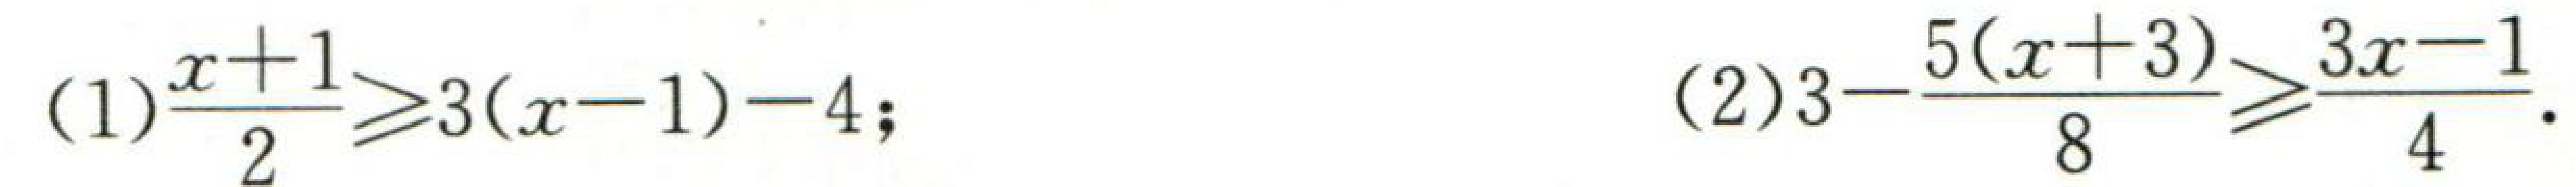
(1)\(\frac{x + 1}{2}\geqslant3(x - 1)-4\);
(2)\(3-\frac{5(x + 3)}{8}\geqslant\frac{3x - 1}{4}\).